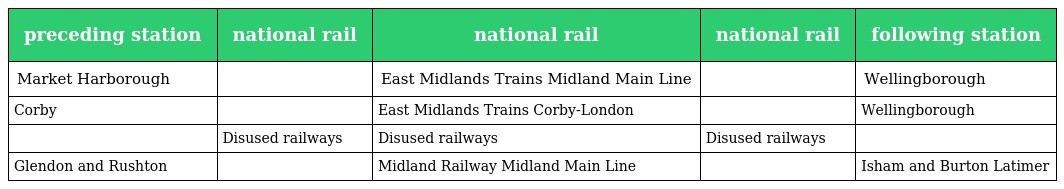
| preceding station | national rail | national rail | national rail | following station |
 | --- | --- | --- | --- | --- |
 | Market Harborough |  | East Midlands Trains Midland Main Line |  | Wellingborough |
 | Corby |  | East Midlands Trains Corby-London |  | Wellingborough |
 |  | Disused railways | Disused railways | Disused railways |  |
 | Glendon and Rushton |  | Midland Railway Midland Main Line |  | Isham and Burton Latimer |